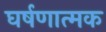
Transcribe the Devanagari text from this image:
घर्षणात्मक